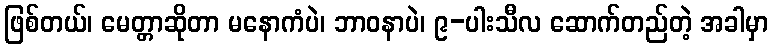
ဖြစ်တယ်၊ မေတ္တာဆိုတာ မနောကံပဲ၊ ဘာဝနာပဲ၊ ၉-ပါးသီလ ဆောက်တည်တဲ့ အခါမှာ